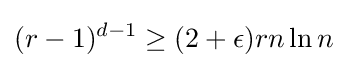
(r-1)^{d-1}\geq (2+\epsilon )rn\ln n